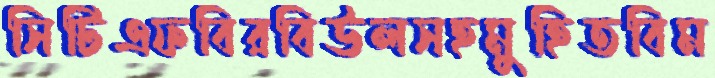
সিটিএফবিরবিউলসহমুহিতবিম